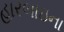
હારબાઇના